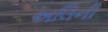
અલિની